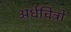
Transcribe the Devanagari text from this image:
अर्धचित्रों